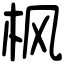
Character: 枫